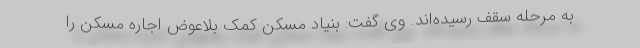
به مرحله سقف رسیده‌اند. وی گفت: بنیاد مسکن کمک بلاعوض اجاره مسکن را